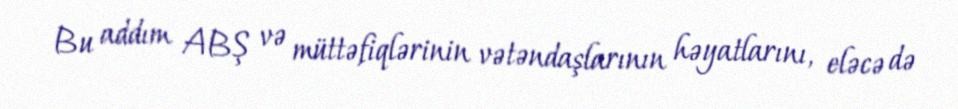
Bu addım ABŞ və müttəfiqlərinin vətəndaşlarının həyatlarını, eləcə də